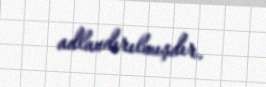
adlandırılmışdır.